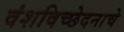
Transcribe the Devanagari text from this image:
वंशविच्छेदनाचे